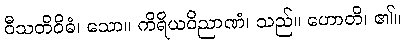
ဝီသတိဝိဓံ၊ သော။ ကိရိယဝိညာဏံ၊ သည်။ ဟောတိ၊ ၏။